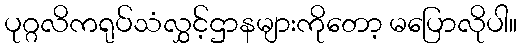
ပုဂ္ဂလိကရုပ်သံလွှင့်ဌာနများကိုတော့ မပြောလိုပါ။